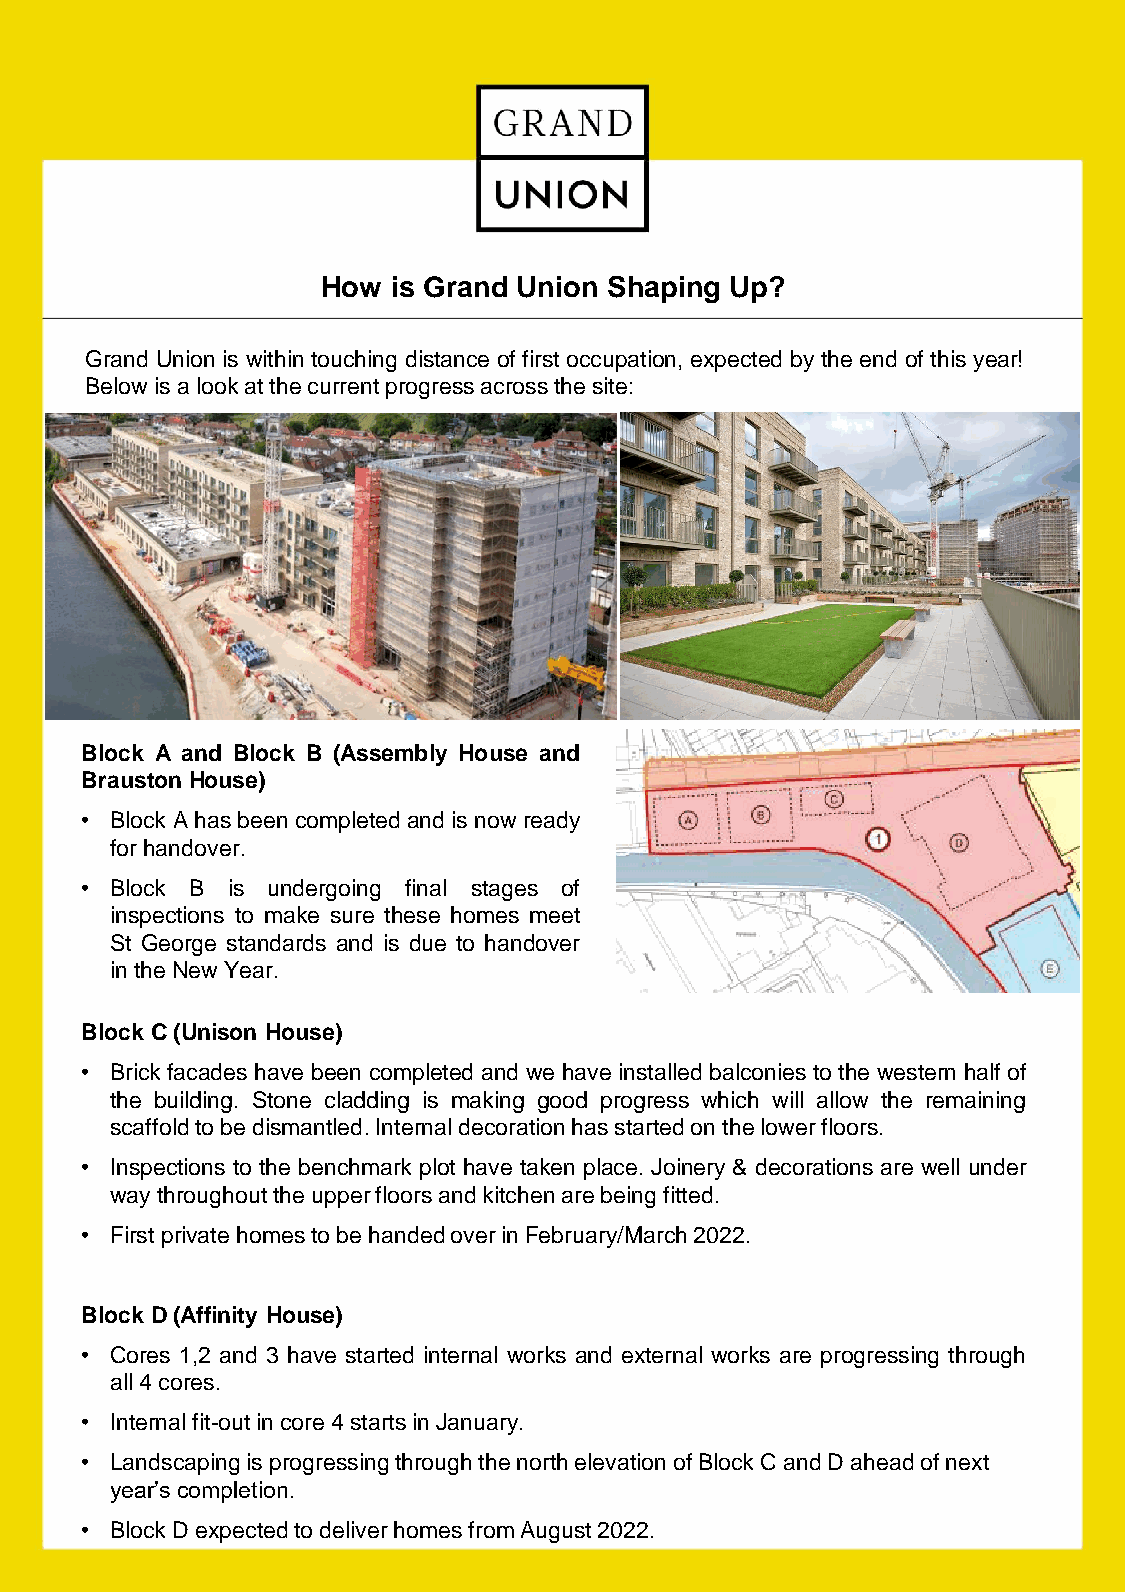
How  is Grand Union Shaping Up?
 Grand Union is within touching distance of first occupation, expected by the end of this year!
 Belowis a lookatthecurrentprogressacrossthesite:
 Block A and Block B (Assembly House and
 Brauston House)
 • Block Ahasbeen completed andis now ready
 forhandover.
 • Block B is undergoing final stages of
 inspections to make sure these homes meet
 St George standards and is due to handover
 intheNew Year.
 Block C(Unison House)
 • Brick facadeshave been completed and we have installed balconies to the western half of
 the building. Stone cladding is making good progress which will allow the remaining
 scaffoldtobedismantled.Internaldecorationhasstartedonthelowerfloors.
 • Inspections to the benchmark plot have taken place. Joinery & decorations are well under
 waythroughouttheupperfloorsandkitchenarebeingfitted.
 • First privatehomestobehandedoverinFebruary/March2022.
 Block D(Affinity House)
 • Cores 1,2 and 3 have started internal works and external works are progressing through
 all 4cores.
 • Internalfit-outincore 4startsinJanuary.
 • Landscaping is progressing through the north elevation of Block C and D ahead of next
 year’s completion.
 • Block D expected to deliver homes from August 2022.